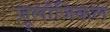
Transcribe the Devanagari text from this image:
ज़ू्लॉजिकल